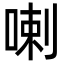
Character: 喇